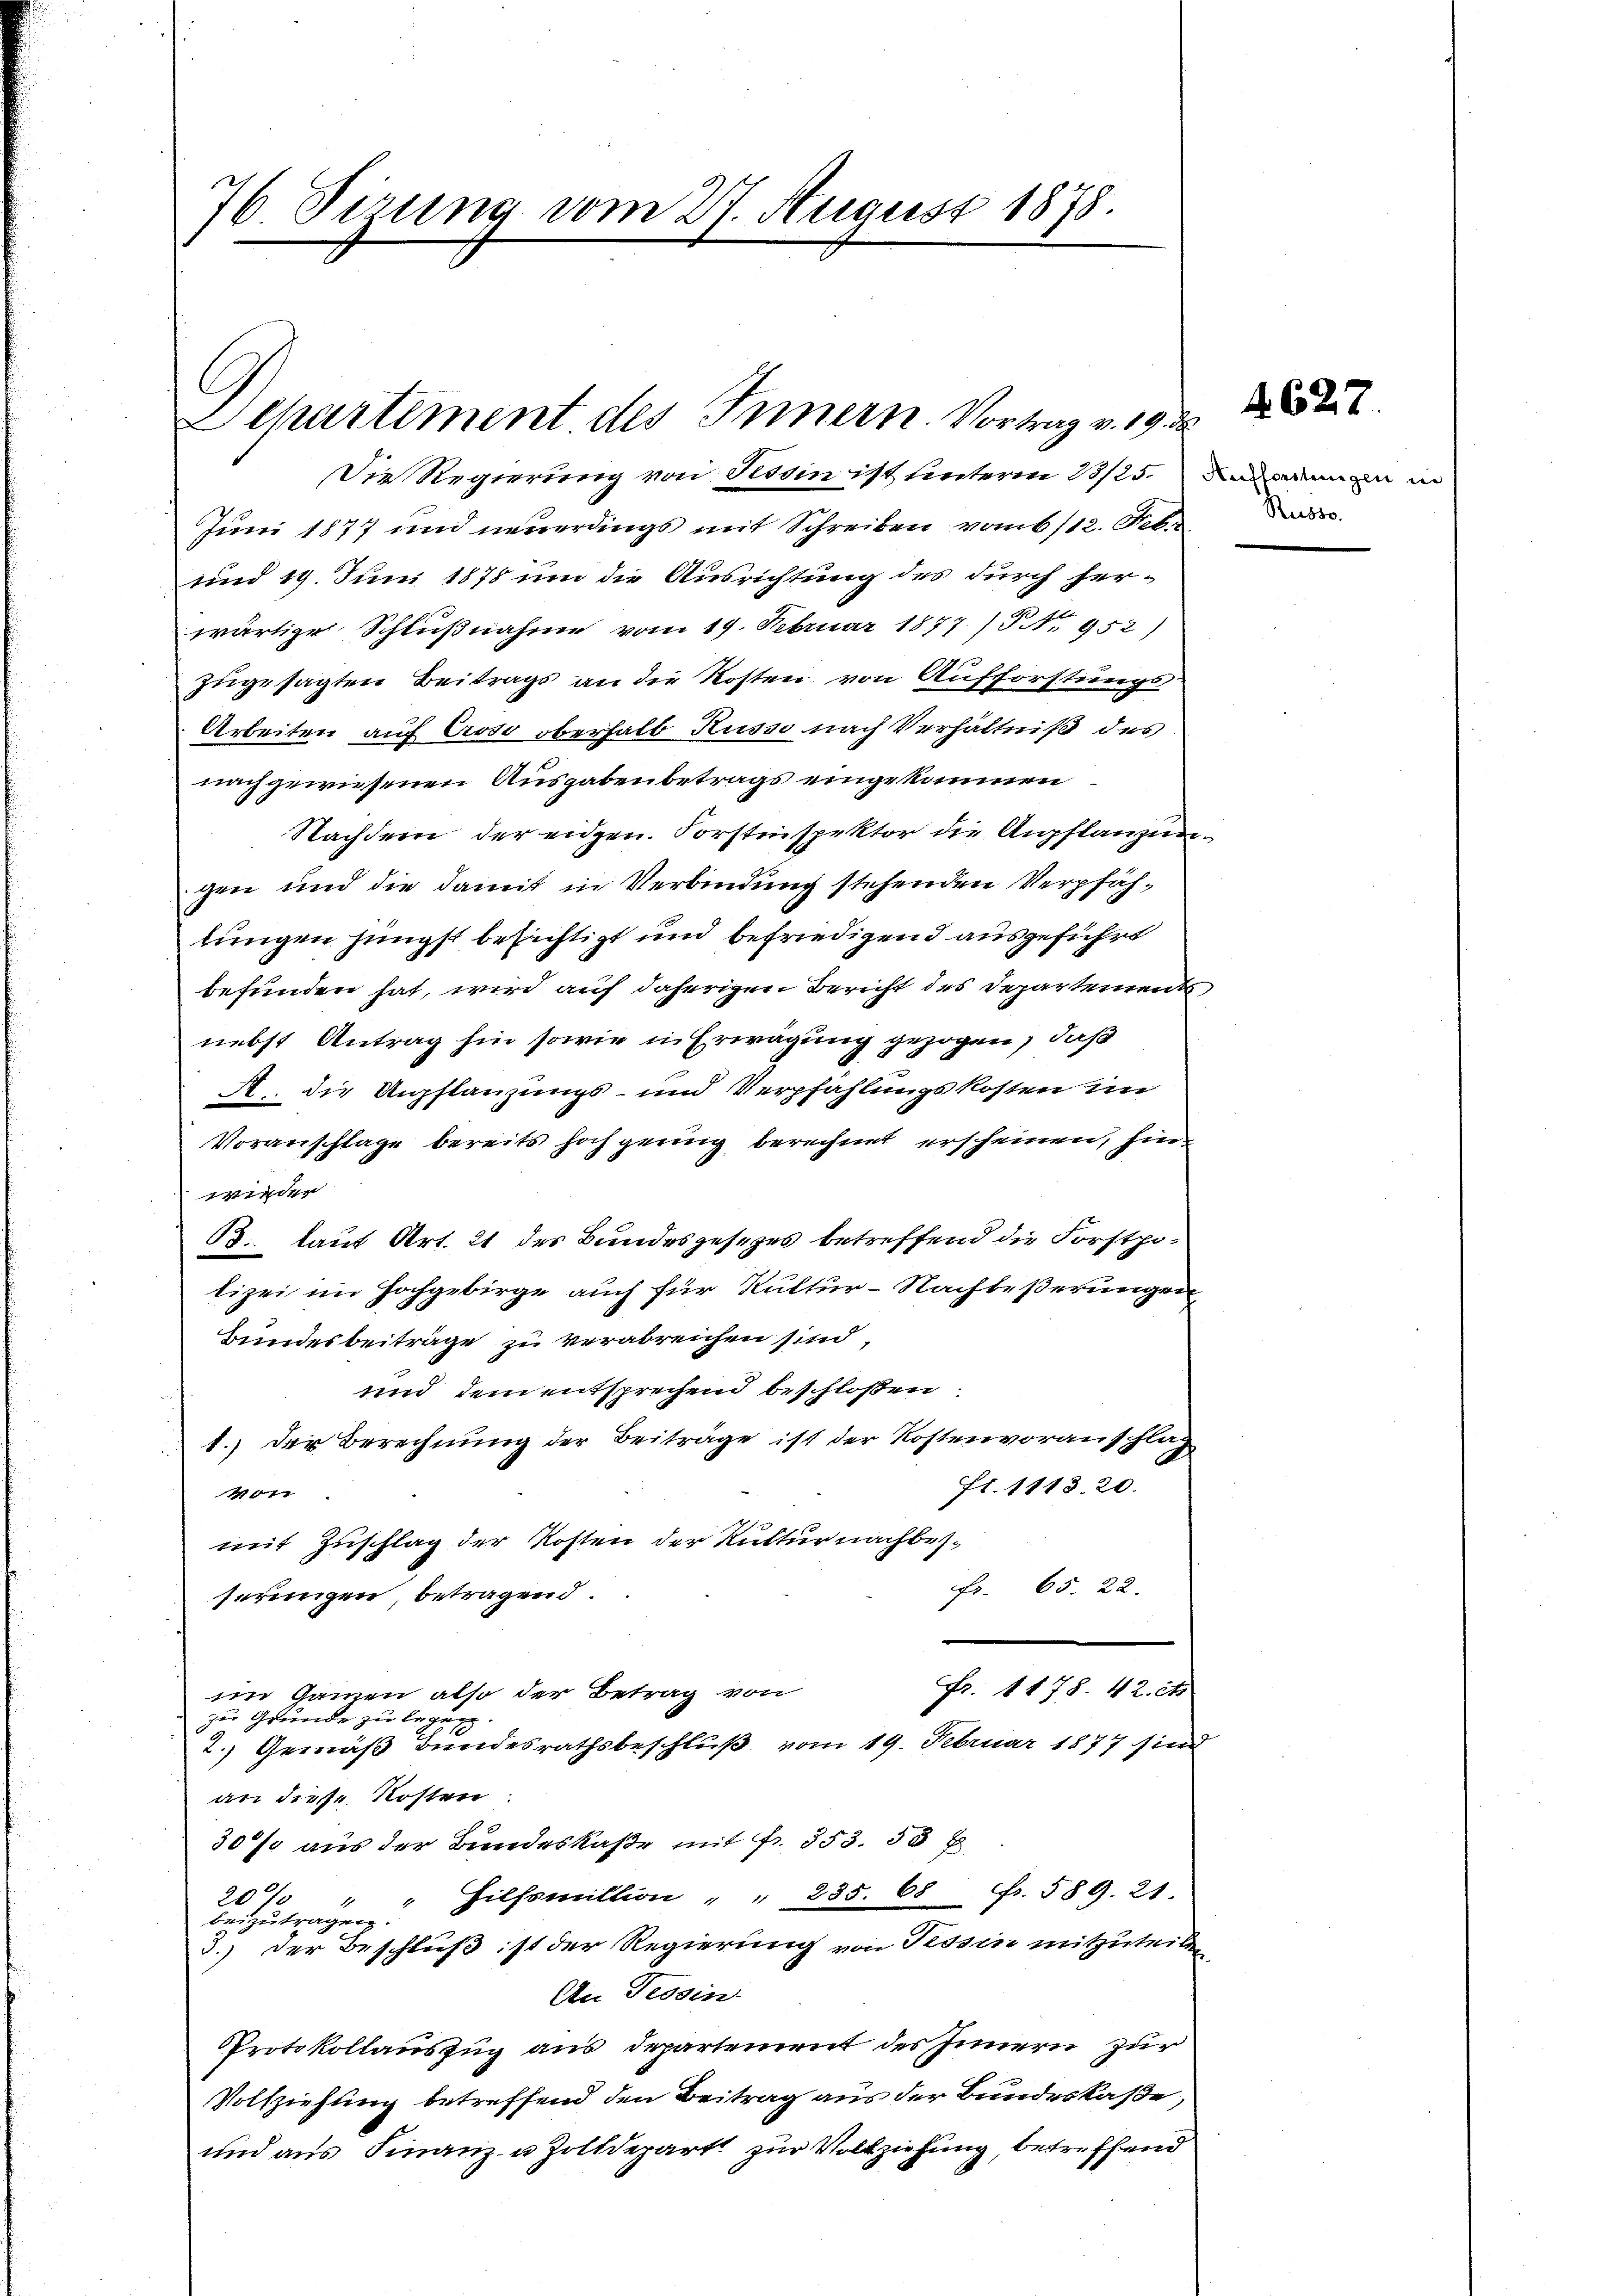
76 Sirung vom 27. August 1878.

C
Separtement des Innern Vortrag v. 1.

Juni 1877 und neuerdings mit Schreiben vom 6/12. Febr
und 19. Juni 1878 um die Ausrichtung des durch herwärtige Schlußnahme vom 19. Februar 1877 / Nr. 952)
zugesagten Beitrags an die Kosten von Aufforstungs-
Arbeiten auf Croso oberhalb Russe nach Verhältniß des
nachgewiesenen Ausgabenbetrags eingekommen
Nachdem der eidgen. Forstinspektor die Anpflanzengen und die damit in Verbindung stehenden Verpfählungen jüngst besichtigt und befriedigend ausgeführt
befunden hat, wird auf daherigen Bericht des Departements
nebst Antrag hin sowie in Erwägung gezogen, daß
A. die Anpflanzungs- und Verpfahlungskosten im
Voranschlage bereits hochgenug berechnet erscheinen, hinwieder
38. laut Art. 21 des Bundesgesezes betreffend die Forstpolizei im Hochgebirge auch für Kultur-Nachbeßerungen
Bundesbeiträge zu verabreichen sind,
und dem entsprechend beschlossen
1.) Der Berechnung der Beiträge ist der Kostenvoranschlag
fl. 1113. 20.
101
mit Zuschlag der Kosten der Ruttur nachbez¬
Fr. 65. 22.
serungen, betragend.
Fr. 1178. 42. et.
im Gamen also der Betrag von
zu Grunde zu legen.
2.) Gemäß Bundesrathsbeschluß vom 19. Februar 1877 sind
an diese Kosten
30% aus der Bundeskaße mit Fr. 353. 33 x
" Hilfsmillion " " 235. 68 f. 589. 21.
20%
beizutragen.
3.) Der Beschluß ist der Regierung von Tessin mitzuteilen
An Tessin.
Protokollauszug aus Departement des Innern zur
Vollziehung betreffend den Beitrag aus der Bundeskaße,
und aus Finanz- u Zolldepart zur Vollziehung, betreffend

.d

Die Regierung von Tessin ist unterm 23/25. Dammen

4. 627.